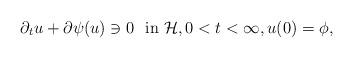
LaTeX: \begin{align*}\partial_t u + \partial \psi(u) \ni 0 \ \mbox{ in } \mathcal H, 0 < t < \infty, u(0) = \phi,\end{align*}